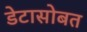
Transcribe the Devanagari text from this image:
डेटासोबत